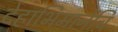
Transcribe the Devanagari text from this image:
देहाभिमानेंचि